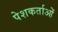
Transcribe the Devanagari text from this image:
पेशकर्ताओं